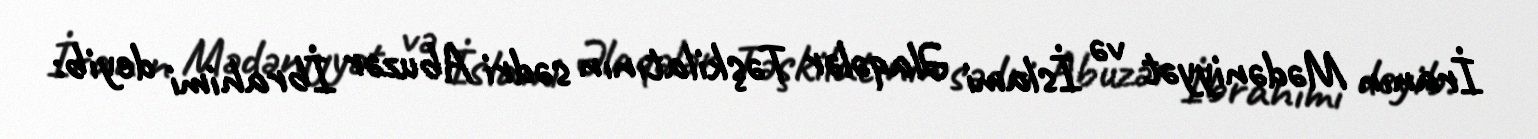
İranın Mədəniyyət və İslami Əlaqələr Təşkilatının sədri Abuzər İbrahimi deyib: